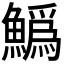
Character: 𩻟